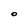
Character: O